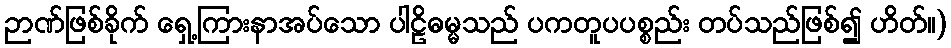
ဉာဏ်ဖြစ်ခိုက် ရှေ့ကြားနာအပ်သော ပါဠိဓမ္မသည် ပကတူပပစ္စည်း တပ်သည်ဖြစ်၍ ဟိတ်။)